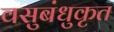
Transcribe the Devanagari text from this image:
वसुबंधुकृत